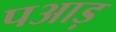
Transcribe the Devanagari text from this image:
पआड़